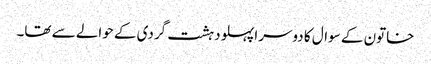
خاتون کے سوال کا دوسرا پہلو دہشت گردی کے حوالے سے تھا۔